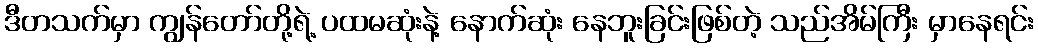
ဒီတသက်မှာ ကျွန်တော်တို့ရဲ့ ပထမဆုံးနဲ့ နောက်ဆုံး နေဘူးခြင်းဖြစ်တဲ့ သည်အိမ်ကြီး မှာနေရင်း